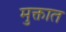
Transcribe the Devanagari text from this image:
मुक्तात